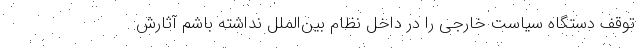
توقف دستگاه سیاست خارجی را در داخل نظام بین‌الملل نداشته باشم آثارش